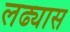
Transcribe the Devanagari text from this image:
लढ्यास